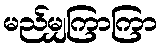
မည်မျှကြာကြာ